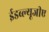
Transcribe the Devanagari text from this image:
ईडब्ल्यूजीए